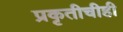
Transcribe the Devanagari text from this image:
प्रकृतीचीही